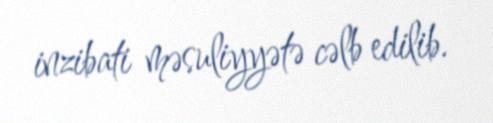
inzibati məsuliyyətə cəlb edilib.